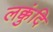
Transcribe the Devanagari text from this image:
लक्कुंदि